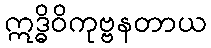
ဣဒ္ဓိဝိကုဗ္ဗနတာယ